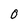
Character: O